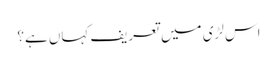
اس لڑی میں تعریف کہاں ہے؟